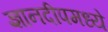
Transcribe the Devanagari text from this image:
ज्ञानदीपमध्ये